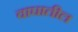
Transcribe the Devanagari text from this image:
वाघातील